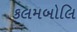
કલમબોલિ